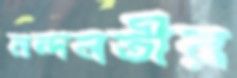
নন্দনতীর